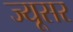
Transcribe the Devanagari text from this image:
ज्यूसर